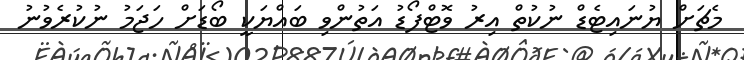
މެޗަށް ޔުނައިޓެޑް ނުކުތް އިރު ވޮޓްފޯޑު އަތުންވި ބައްޔަކީ ބޯޑަށް ހަޖަމު ނުކުރެވުނު